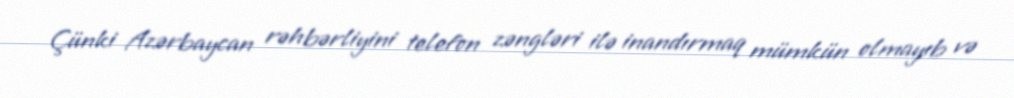
Çünki Azərbaycan rəhbərliyini telefon zəngləri ilə inandırmaq mümkün olmayıb və